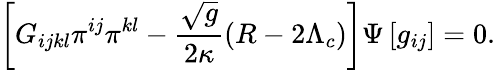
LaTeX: \left[G_{ijkl}\pi^{ij}\pi^{kl}-\frac{\sqrt{g}}{2\kappa}\left(R-2\Lambda_{c}\right)\right]\Psi\left[g_{ij}\right]=0.